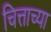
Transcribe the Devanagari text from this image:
चित्ताच्या